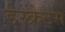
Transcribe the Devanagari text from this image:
डेस्क्रेट्स